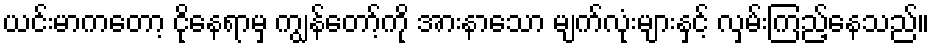
ယင်းမာကတော့ ငိုနေရာမှ ကျွန်တော့်ကို အားနာသော မျက်လုံးများနှင့် လှမ်းကြည့်နေသည်။